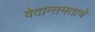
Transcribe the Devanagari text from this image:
वेदान्तमताचे